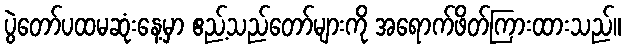
ပွဲတော်ပထမဆုံးနေ့မှာ ဧည့်သည်တော်များကို အရောက်ဖိတ်ကြားထားသည်။